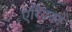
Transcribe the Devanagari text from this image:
एरियनने